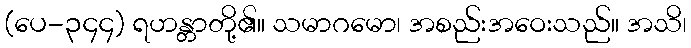
(ပေ-၃၄၄) ရဟန္တာတို့၏။ သမာဂမော၊ အစည်းအဝေးသည်။ အသိ၊